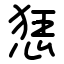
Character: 㤮